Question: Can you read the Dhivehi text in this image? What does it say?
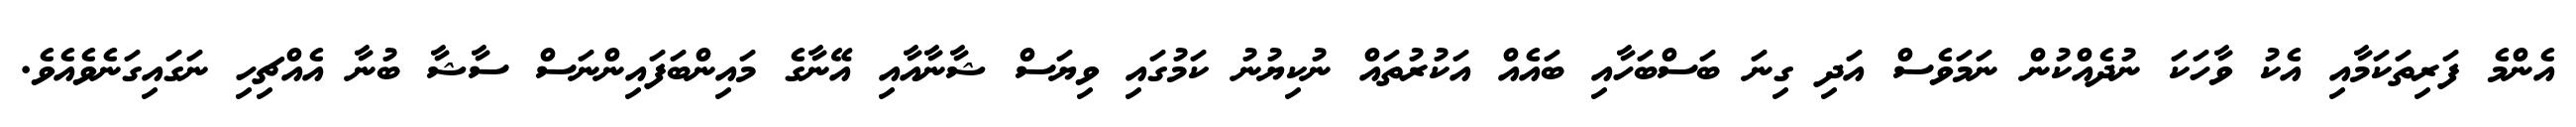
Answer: އެންމެ ފަރިތަކަމާއި އެކު ވާހަކަ ނުދެއްކުން ނަމަވެސް އަދި ގިނަ ބަސްބަހާއި ބައެއް އަކުރުތައް ނުކިޔުނު ކަމުގައި ވިޔަސް ޝާނާއާއި އޭނާގެ މައިންބަފައިންނަސް ސާޝާ ބުނާ އެއްޗިހި ނަގައިގަނެވެއެވެ.